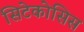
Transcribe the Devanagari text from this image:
सिटेकोसिस